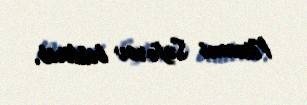
Nizami Səfərov bildirib.